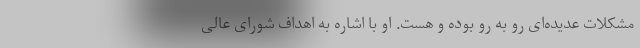
مشکلات عدیده‌ای رو به رو بوده و هست. او با اشاره به اهداف شورای عالی